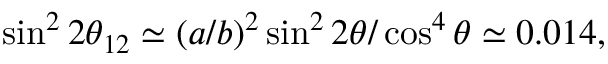
\sin ^ { 2 } 2 \theta _ { 1 2 } \simeq ( a / b ) ^ { 2 } \sin ^ { 2 } 2 \theta / \cos ^ { 4 } \theta \simeq 0 . 0 1 4 ,